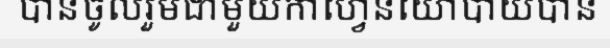
បានចូលរួមជាមួយកាហ្វេនយោបាយបាន